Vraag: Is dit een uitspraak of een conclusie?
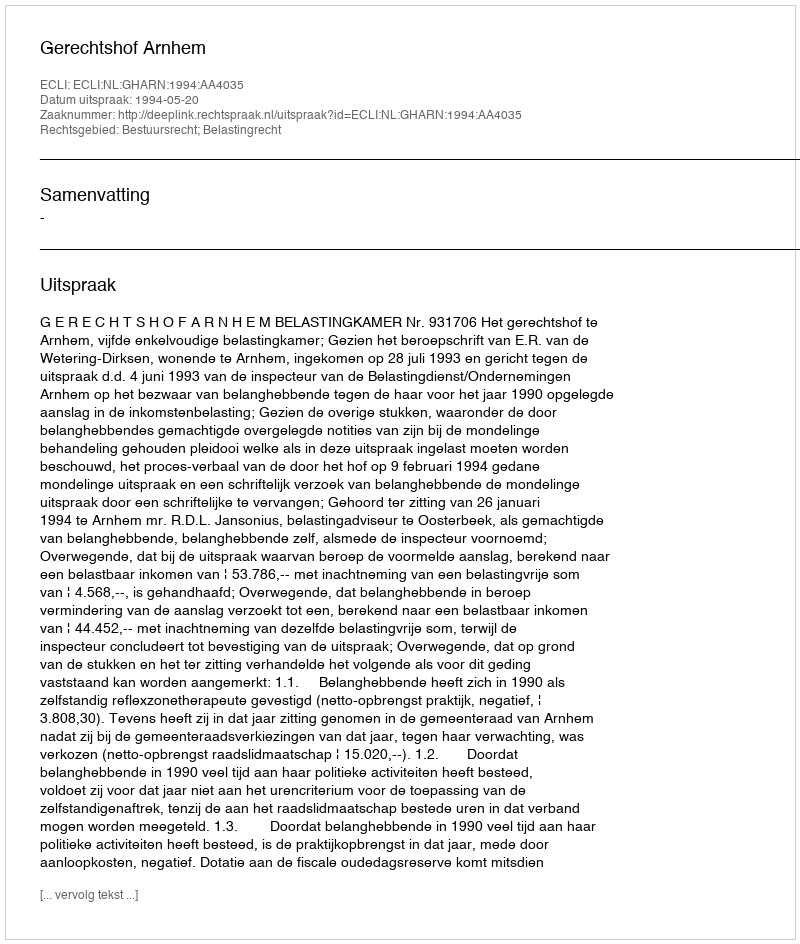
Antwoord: Uitspraak